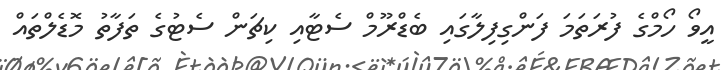
އީވޯ ހޯމްގެ ފުރަތަމަ ފަންގިފިލާގައި ބެޑްރޫމް ސެޓާއި ކިޗަން ސެޓުގެ ތަފާތު މޮޑެލްތައް